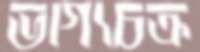
ভাগ্যচক্র